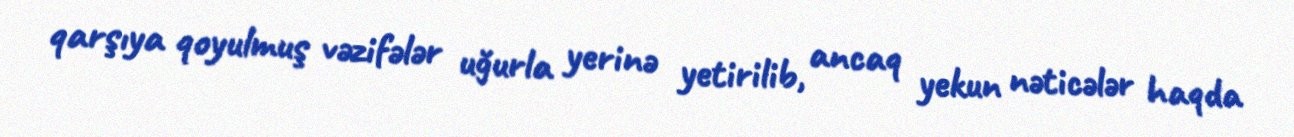
qarşıya qoyulmuş vəzifələr uğurla yerinə yetirilib, ancaq yekun nəticələr haqda